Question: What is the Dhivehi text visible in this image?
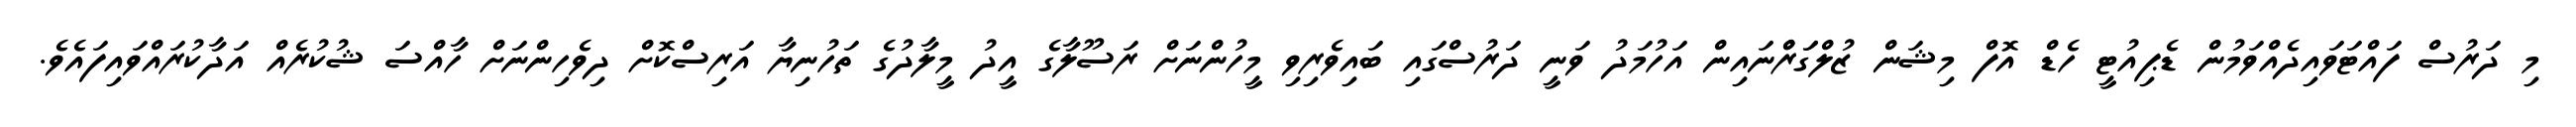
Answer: މި ދަރުސް ފައްޓަވައިދެއްވަމުން ޑެޕިއުޓީ ހެޑް އޮފް މިޝަން ޒުލްގަަރްްނައިން އަހުމަދު ވަނީ ދަރުސްގައި ބައިވެރިވި މީހުންނަށް ރަސޫލާގެ އީދު މީލާދުގެ ތަހުނިޔާ އަރިސްކޮށް ދިވެހިންނަށް ހާއްސަ ޝުކުރެއް އަދާކުރައްވައިފައެވެ.